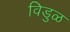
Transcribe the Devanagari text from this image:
विडुळ